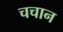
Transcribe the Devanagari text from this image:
चचान